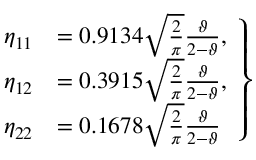
\begin{array} { r } { \left. \begin{array} { r l } { \eta _ { 1 1 } } & { = 0 . 9 1 3 4 \sqrt { \frac { 2 } { \pi } } \frac { \vartheta } { 2 - \vartheta } , } \\ { \eta _ { 1 2 } } & { = 0 . 3 9 1 5 \sqrt { \frac { 2 } { \pi } } \frac { \vartheta } { 2 - \vartheta } , } \\ { \eta _ { 2 2 } } & { = 0 . 1 6 7 8 \sqrt { \frac { 2 } { \pi } } \frac { \vartheta } { 2 - \vartheta } } \end{array} \right\} } \end{array}